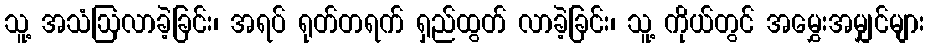
သူ့ အသံဩလာခဲ့ခြင်း၊ အရပ် ရုတ်တရက် ရှည်ထွတ် လာခဲ့ခြင်း၊ သူ့ ကိုယ်တွင် အမွှေးအမျှင်များ